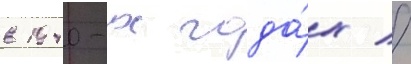
в 1940-х года́х //